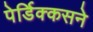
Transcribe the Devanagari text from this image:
पेर्डिक्कसने